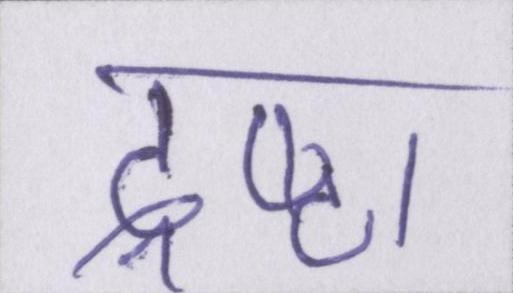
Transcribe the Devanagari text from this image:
द्रष्टा